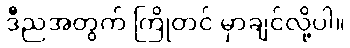
ဒီညအတွက် ကြိုတင် မှာချင်လို့ပါ။